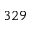
3 2 9